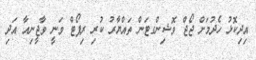
އިދިކޮޅު ހެދުމަށް ޖޯޖް ވޮޝިންގޓަން ތައްޔާރު ކުރި ރިޕޯޓް ވަނީ ވާޖީނިއާ އަދި